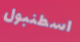
اسطنبول